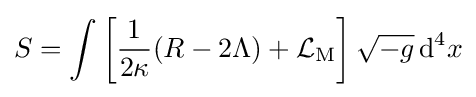
S=\int \left[{\frac {1}{2\kappa }}(R-2\Lambda )+{\mathcal {L}}_{\mathrm {M} }\right]{\sqrt {-g}}\,\mathrm {d} ^{4}x